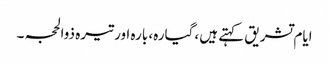
ایام تشریق کہتے ہیں ،گیارہ، بارہ اور تیرہ ذوالحجہ ۔